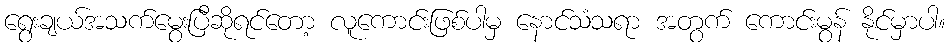
ရွေးချယ်အသက်မွေးပြီဆိုရင်တော့ လူကောင်းဖြစ်ပါမှ နောင်သံသရာ အတွက် ကောင်းမွန် နိုင်မှာပါ။